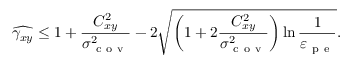
\widehat { \gamma _ { x y } } \leq 1 + \frac { C _ { x y } ^ { 2 } } { \sigma _ { \mathrm { ~ c ~ o ~ v ~ } } ^ { 2 } } - 2 \sqrt { \left( 1 + 2 \frac { C _ { x y } ^ { 2 } } { \sigma _ { \mathrm { ~ c ~ o ~ v ~ } } ^ { 2 } } \right) \ln \frac { 1 } { \varepsilon _ { \mathrm { ~ p ~ e ~ } } } } .